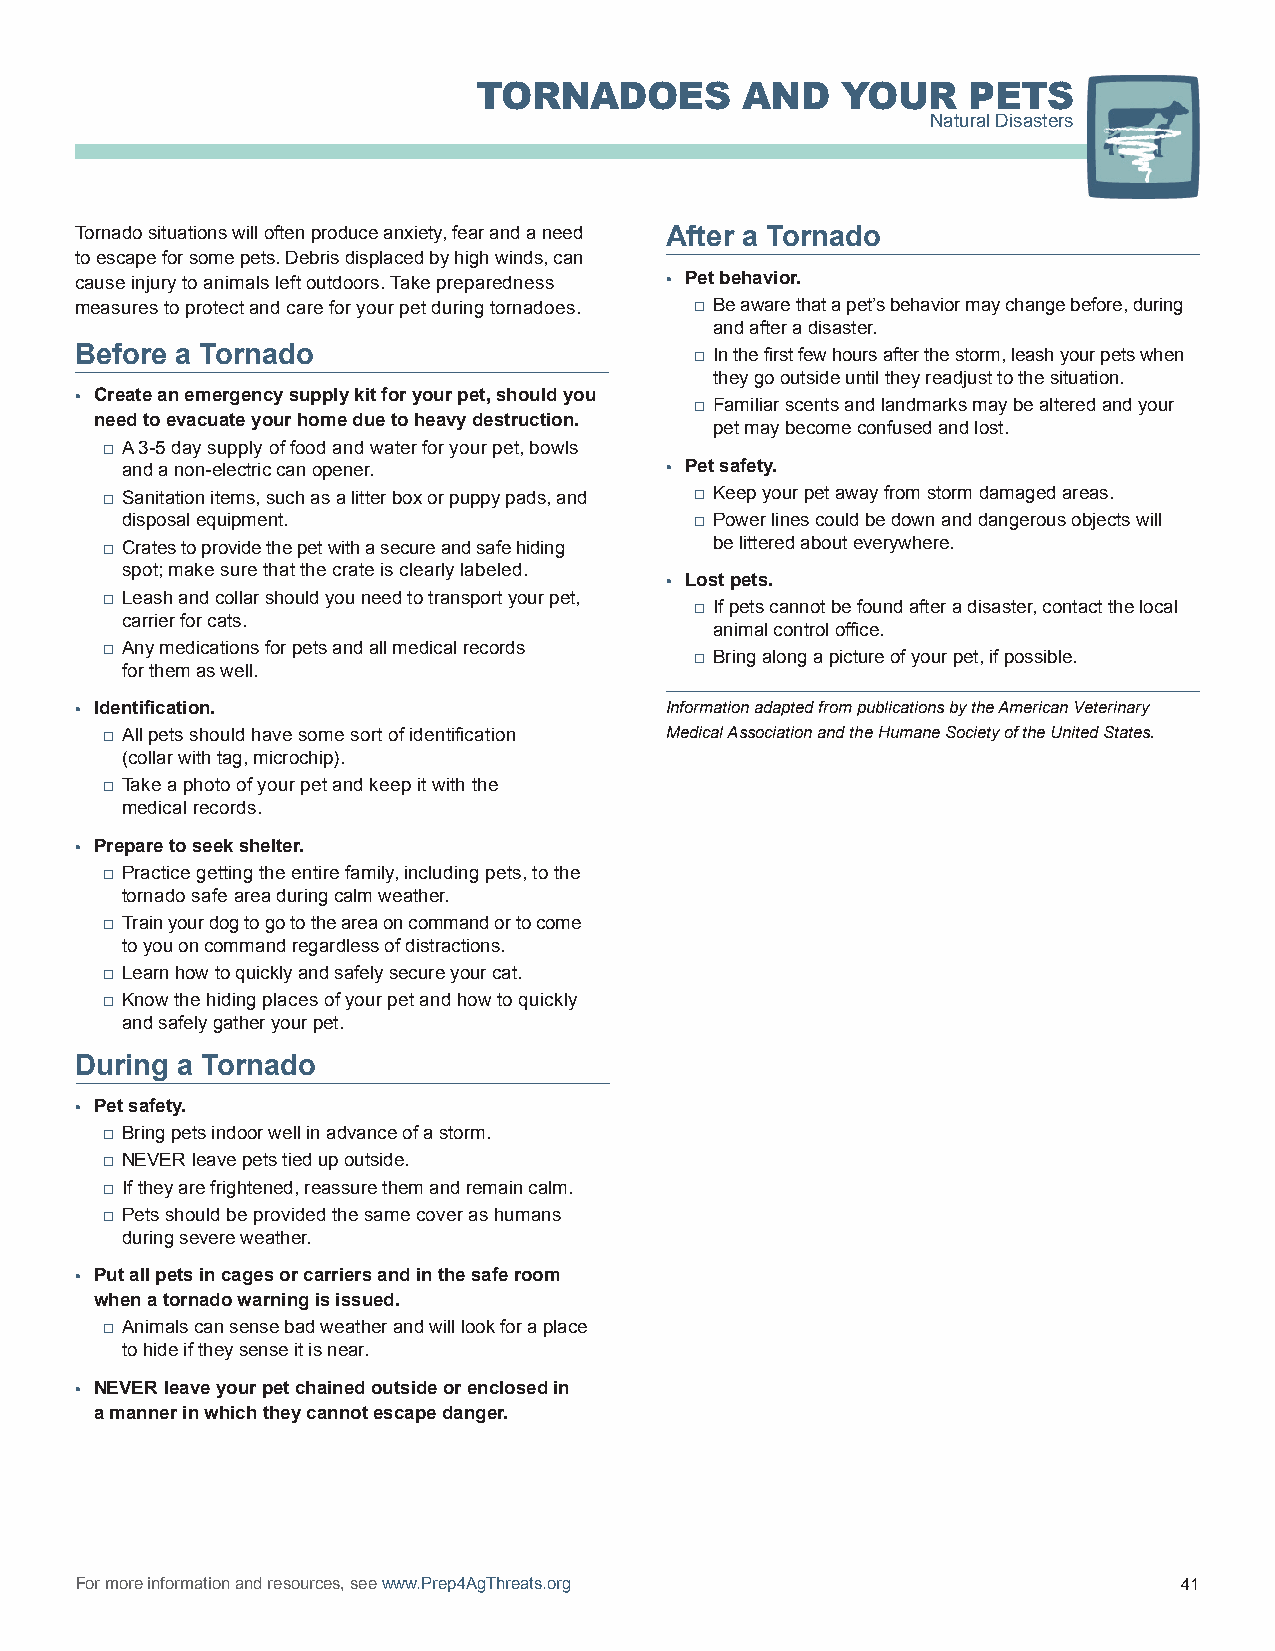
TORNADOES        AND    YOUR    PETS
 Natural Disasters
 Tornado situations will often produce anxiety, fear and a need After a Tornado
 to escape for some pets. Debris displaced by high winds, can
 cause injury to animals left outdoors. Take preparedness • Pet behavior.
 measures to protect and care for your pet during tornadoes. □ Be aware that a pet’s behavior may change before, during
 and after a disaster.
 Before a Tornado                         □ In the first few hours after the storm, leash your pets when
 they go outside until they readjust to the situation.
 • Create an emergency supply kit for your pet, should you
 □ Familiar scents and landmarks may be altered and your
 need to evacuate your home due to heavy destruction.
 pet may become confused and lost.
 □ A 3-5 day supply of food and water for your pet, bowls
 and a non-electric can opener.      • Pet safety.
 □ Sanitation items, such as a litter box or puppy pads, and □ Keep your pet away from storm damaged areas.
 disposal equipment.                   □ Power lines could be down and dangerous objects will
 □ Crates to provide the pet with a secure and safe hiding be littered about everywhere.
 spot; make sure that the crate is clearly labeled.
 • Lost pets.
 □ Leash and collar should you need to transport your pet,
 □ If pets cannot be found after a disaster, contact the local
 carrier for cats.
 animal control office.
 □ Any medications for pets and all medical records
 □ Bring along a picture of your pet, if possible.
 for them as well.
 • Identification.                      Information adapted from publications by the American Veterinary
 □ All pets should have some sort of identification Medical Association and the Humane Society of the United States.
 (collar with tag, microchip).
 □ Take a photo of your pet and keep it with the
 medical records.
 • Prepare to seek shelter.
 □ Practice getting the entire family, including pets, to the
 tornado safe area during calm weather.
 □ Train your dog to go to the area on command or to come
 to you on command regardless of distractions.
 □ Learn how to quickly and safely secure your cat.
 □ Know the hiding places of your pet and how to quickly
 and safely gather your pet.
 During a Tornado
 • Pet safety.
 □ Bring pets indoor well in advance of a storm.
 □ NEVER leave pets tied up outside.
 □ If they are frightened, reassure them and remain calm.
 □ Pets should be provided the same cover as humans
 during severe weather.
 • Put all pets in cages or carriers and in the safe room
 when a tornado warning is issued.
 □ Animals can sense bad weather and will look for a place
 to hide if they sense it is near.
 • NEVER leave your pet chained outside or enclosed in
 a manner in which they cannot escape danger.
 For more information and resources, see www.Prep4AgThreats.org           41